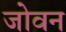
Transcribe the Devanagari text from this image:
जोवन